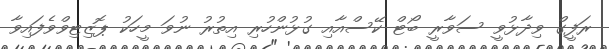
ރަފީގް ވިދާޅުވީ ސަވާރީ ބޯޓް ކޭސްއާއި ގުޅުންހުރި އިތުރު ނުވަ މީހަކު ޕޮޒިޓިވްވެފައިވާ